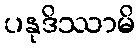
ပနုဒိဿာမိ